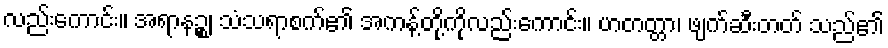
လည်းကောင်း။ အရာနဉ္စ၊ သံသရာစက်၏ အကန့်တို့ကိုလည်းကောင်း။ ဟတတ္တာ၊ ဖျက်ဆီးတတ် သည်၏